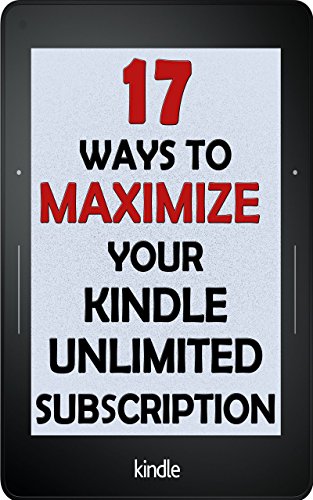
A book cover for Kindle Unlimited: 17 Ways to Maximize Your Kindle Unlimited Subscription: Tips and tricks to get the most from your monthly Kindle Unlimited subscription; Maxim Ross; Computers & Technology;